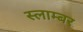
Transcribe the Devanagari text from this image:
स्लाम्बर